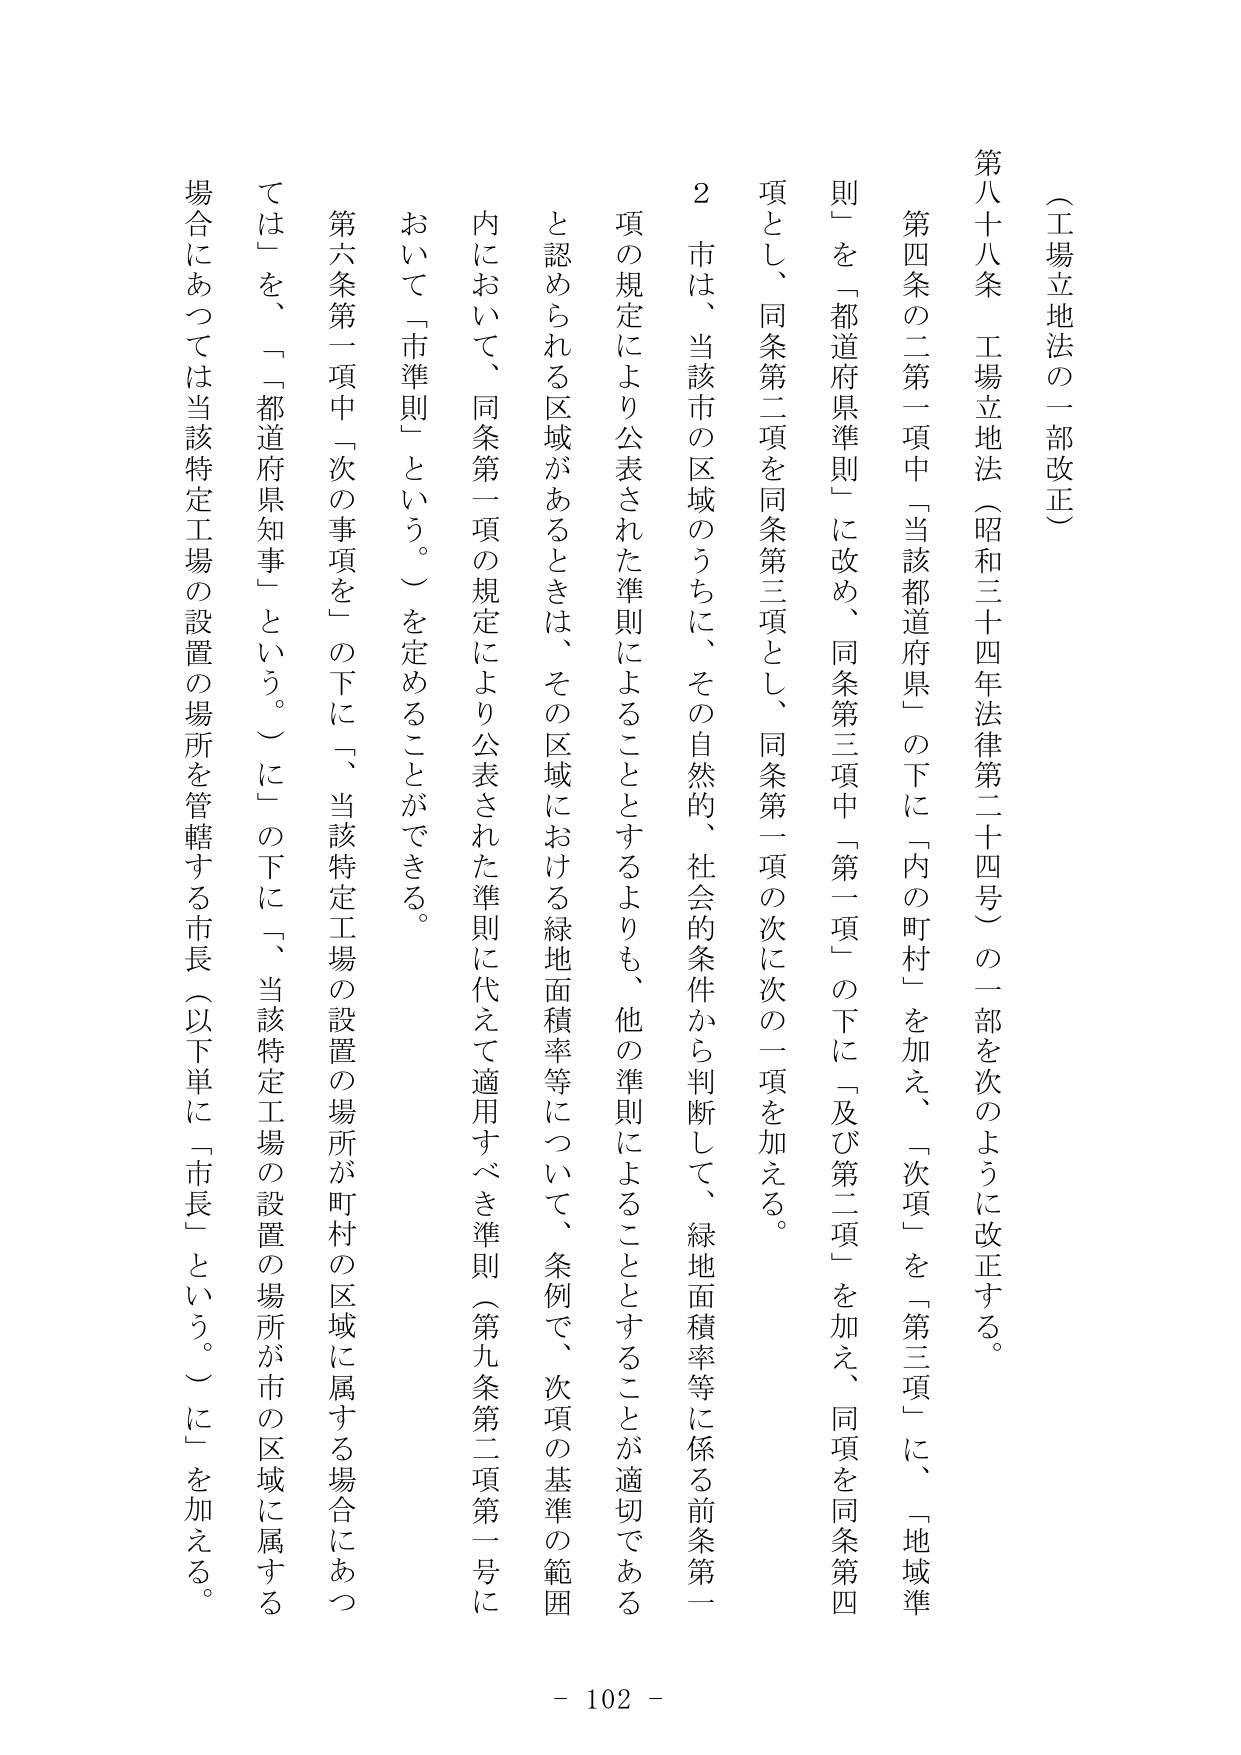
（工場立地法の一部改正）

第八十八条 工場立地法（昭和三十四年法律第二十四号）の一部を次のように改正する。

第四条の二第一項中「当該都道府県」の下に「内の町村」を加え、「次項」を「第三項」に、「地域準則」を「都道府県準則」に改め、同条第三項中「第一項」の下に「及び第二項」を加え、同項を同条第四項とし、同条第二項を同条第三項とし、同条第一項の次に次の一項を加える。

２ 市は、当該市の区域のうちに、その自然的、社会的条件から判断して、緑地面積率等に係る前条第一項の規定により公表された準則によることとするよりも、他の準則によることとすることが適切であると認められる区域があるときは、その区域における緑地面積率等について、条例で、次項の基準の範囲内において、同条第一項の規定により公表された準則に代えて適用すべき準則（第九条第二項第一号において「市準則」という。）を定めることができる。

第六条第一項中「次の事項を」の下に「、当該特定工場の設置の場所が町村の区域に属する場合にあつては」を、「「都道府県知事」という。」に「の下に「、当該特定工場の設置の場所が市の区域に属する場合にあつては当該特定工場の設置の場所を管轄する市長（以下単に「市長」という。）に」を加える。

- 102 -